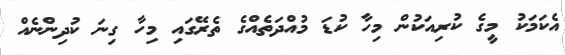
އެކަމަކު މީގެ ކުރިއަކުން މިހާ ކުޑަ މުއްދަތެއްގެ ތެރޭގައި މިހާ ގިނަ ކުދިންނެއް